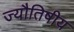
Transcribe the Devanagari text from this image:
ज्यौतिषीय